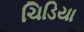
ચિડિયા